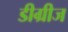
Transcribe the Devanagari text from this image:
डीग्रीज